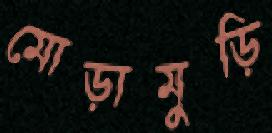
মোড়ামুড়ি